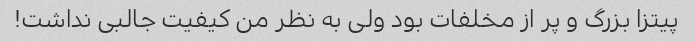
پیتزا بزرگ و پر از مخلفات بود ولی به نظر من کیفیت جالبی نداشت!